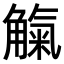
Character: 𧤟